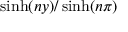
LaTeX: \sinh ( n y ) / \sinh ( n \pi )